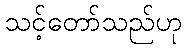
သင့်တော်သည်ဟု